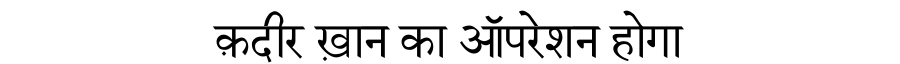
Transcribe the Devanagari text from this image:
क़दीर ख़ान का ऑपरेशन होगा